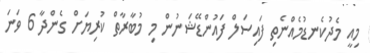
މިއީ މެދުކެނޑުމެއްނެތި ފައިސަލް ފައުންޑޭޝަނުން މި މުބާރާތް ކުރިޔަށް ގެންދާ 6 ވަނަ